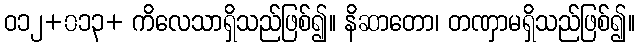
ဝ၁၂+၀၁၃+ ကိလေသာရှိသည်ဖြစ်၍။ နိဆာတော၊ တဏှာမရှိသည်ဖြစ်၍။